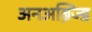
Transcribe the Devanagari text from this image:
अनअब्रिज्ड